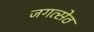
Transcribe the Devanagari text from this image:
जगत्सेठ